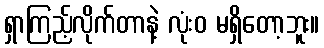
ရှာကြည့်လိုက်တာနဲ့ လုံးဝ မရှိတော့ဘူး။